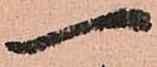
一